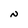
Character: N